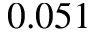
0 . 0 5 1